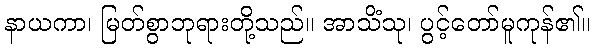
နာယကာ၊ မြတ်စွာဘုရားတို့သည်။ အာသိံသု၊ ပွင့်တော်မူကုန်၏။